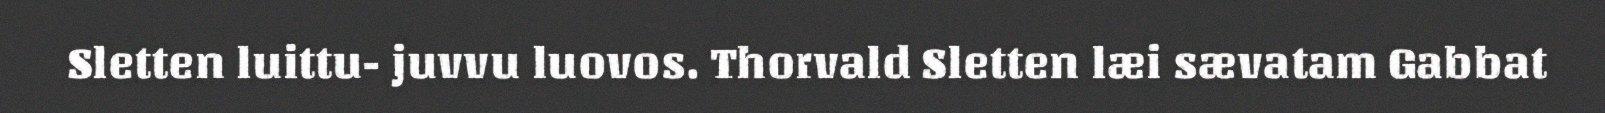
Sletten luittu- juvvu luovos. Thorvald Sletten læi sævatam Gabbat